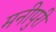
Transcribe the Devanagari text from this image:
मनीपुरी